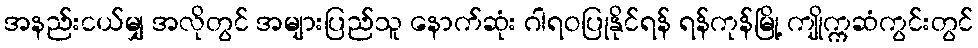
အနည်းငယ်မျှ အလိုတွင် အများပြည်သူ နောက်ဆုံး ဂါရဝပြုနိုင်ရန် ရန်ကုန်မြို့ ကျိုက္ကဆံကွင်းတွင်